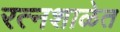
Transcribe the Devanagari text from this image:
रत्नशाळेत